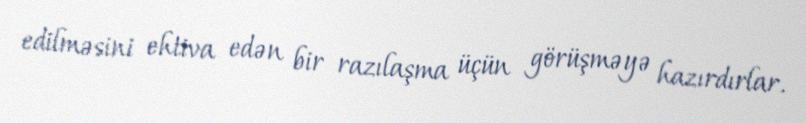
edilməsini ehtiva edən bir razılaşma üçün görüşməyə hazırdırlar.